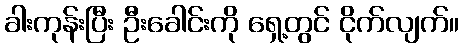
ခါးကုန်းပြီး ဦးခေါင်းကို ရှေ့တွင် ငိုက်လျက်။